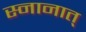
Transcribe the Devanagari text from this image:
स्नानात्